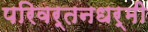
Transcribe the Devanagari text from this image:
परिवर्तनधर्मी